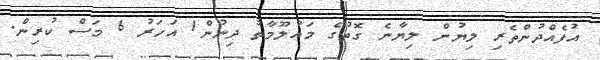
އުފެއްދުންތެރި ލިޔުން ލިޔާނެ ގޮތުގެ މައުލޫމާތު ދިނުން1 އަހަރު 6 މަސް ކުރިން.